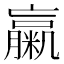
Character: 䊨